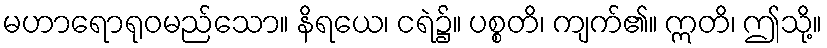
မဟာရောရုဝမည်သော။ နိရယေ၊ ငရဲ၌။ ပစ္စတိ၊ ကျက်၏။ ဣတိ၊ ဤသို့။